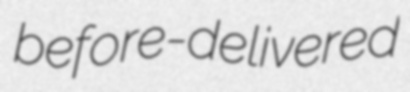
before-delivered